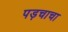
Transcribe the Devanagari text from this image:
पड़चाचा